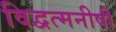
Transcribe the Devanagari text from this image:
विद्वत्मनीषी